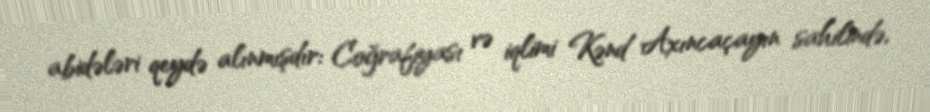
abidələri qeydə alınmışdır: Coğrafiyası və iqlimi Kənd Axıncaçayın sahilində,